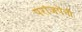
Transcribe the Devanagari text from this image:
परांजपेंनी